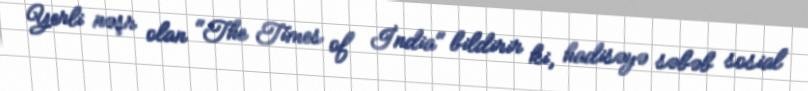
Yerli nəşr olan "The Times of İndia" bildirir ki, hadisəyə səbəb sosial